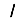
Digit: 1